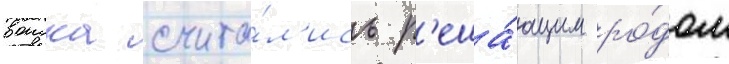
воиска счита́л'ись р'еша́ющим ро́дом